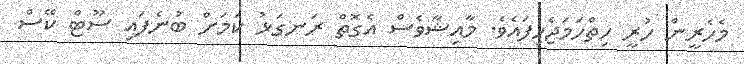
މެހެރީން ހުރީ ހިތްހަމަޖެހިފައެވެ. މާއިޝާވެސް އެގޮތް ރަނގަޅު ކަމަށް ބުނެފައި ސޫޓް ކޭސް